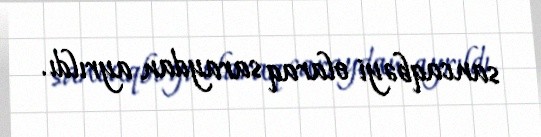
sancaqbəyi olaraq saraydan ayrıldı.